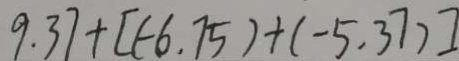
9 . 3 7 + [ ( - 6 . 7 5 ) + ( - 5 , 3 7 ) ]